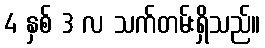
4 နှစ် 3 လ သက်တမ်းရှိသည်။